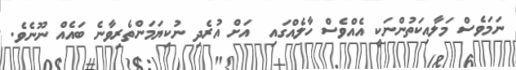
ނަމަވެސް މަލާއިކަތުންނަކީ އެއްވެސް ހާލެއްގައި  އަށް އުރެދި ނުކިޔަމަންތެރިވާނެ ބައެއް ނޫނެވެ.